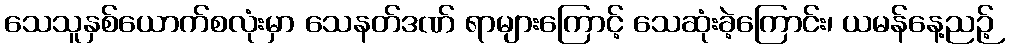
သေသူနှစ်ယောက်စလုံးမှာ သေနတ်ဒဏ် ရာများကြောင့် သေဆုံးခဲ့ကြောင်း၊ ယမန်နေ့ညဉ့်